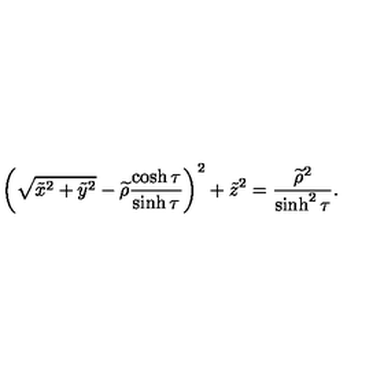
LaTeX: \left( \sqrt { \tilde { x } ^ { 2 } + \tilde { y } ^ { 2 } } - \widetilde { \rho } \frac { \cosh \tau } { \sinh \tau } \right) ^ { 2 } + \tilde { z } ^ { 2 } = \frac { \widetilde { \rho } ^ { 2 } } { \sinh ^ { 2 } \tau } .